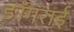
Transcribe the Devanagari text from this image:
ङॉगराई